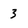
Character: 3